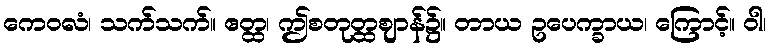
ကေဝလံ၊ သက်သက်။ ဧတ္ထ၊ ဤစတုတ္ထဈာန်၌။ တာယ ဥပေက္ခာယ၊ ကြောင့်။ ဝါ၊